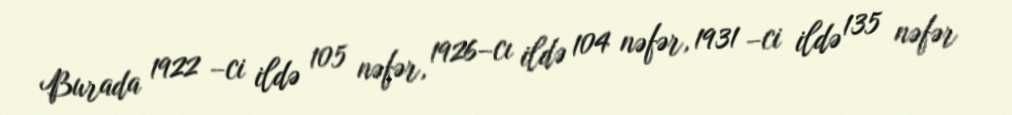
Burada 1922 –ci ildə 105 nəfər, 1926–cı ildə 104 nəfər, 1931 –ci ildə 135 nəfər